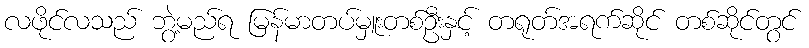
လဖိုင်လသည် ဘွဲ့မည်ရ မြန်မာတပ်မှူးတစ်ဦးနှင့် တရုတ်အရက်ဆိုင် တစ်ဆိုင်တွင်